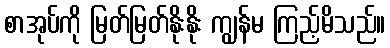
စာအုပ်ကို မြတ်မြတ်နိုးနိုး ကျွန်မ ကြည့်မိသည်။